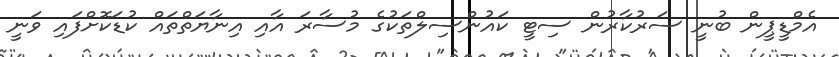
އެމްޑީޕީން ބުނީ ސަރުކާރުން ސިޓީ ކައުންސިލްތަކުގެ މުސާރަ އާއި އިނާޔަތްތައް ކުޑަކޮށްފައި ވަނީ